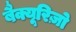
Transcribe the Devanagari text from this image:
बैक्यूरिज़ो